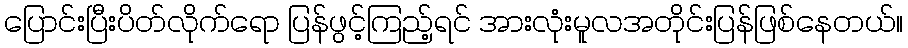
ပြောင်းပြီးပိတ်လိုက်ရော ပြန်ဖွင့်ကြည့်ရင် အားလုံးမူလအတိုင်းပြန်ဖြစ်နေတယ်။